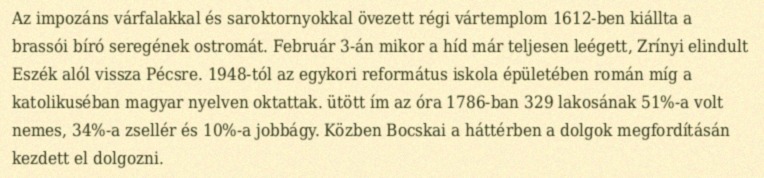
Az impozáns várfalakkal és saroktornyokkal övezett régi vártemplom 1612-ben kiállta a brassói bíró seregének ostromát. Február 3-án mikor a híd már teljesen leégett, Zrínyi elindult Eszék alól vissza Pécsre. 1948-tól az egykori református iskola épületében román míg a katolikuséban magyar nyelven oktattak. ütött ím az óra 1786-ban 329 lakosának 51%-a volt nemes, 34%-a zsellér és 10%-a jobbágy. Közben Bocskai a háttérben a dolgok megfordításán kezdett el dolgozni.